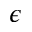
\epsilon